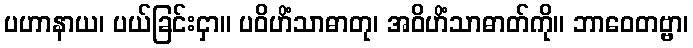
ပဟာနာယ၊ ပယ်ခြင်းငှာ။ ပဝိဟိံသာဓာတု၊ အဝိဟိံသာဓာတ်ကို။ ဘာဝေတဗ္ဗာ၊